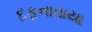
દફનાવાયા